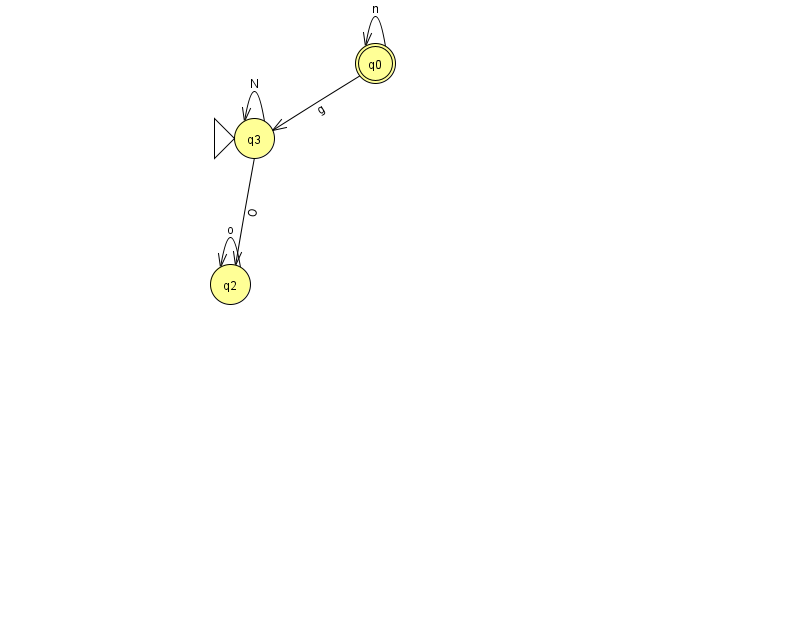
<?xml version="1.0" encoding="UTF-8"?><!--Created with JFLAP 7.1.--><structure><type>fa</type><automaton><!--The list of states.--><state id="0" name="q0"><x>375.0</x><y>50.0</y><final/></state><state id="2" name="q2"><x>230.0</x><y>271.0</y></state><state id="3" name="q3"><x>254.0</x><y>125.0</y><initial/></state><!--The list of transitions.--><transition><from>0</from><to>3</to><read>g</read></transition><transition><from>3</from><to>2</to><read>O</read></transition><transition><from>0</from><to>0</to><read>n</read></transition><transition><from>3</from><to>3</to><read>N</read></transition><transition><from>2</from><to>2</to><read>o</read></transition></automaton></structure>